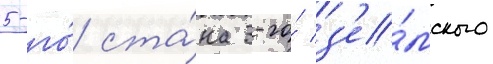
5-го́ ста́на 3-го́ з'е́мского